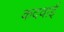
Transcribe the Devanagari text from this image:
कदवाई